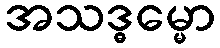
အသဒ္ဓမ္မော